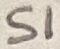
Text: S1